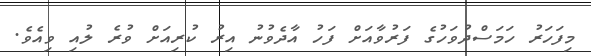
މިފަހަރު ހަމަސްދުވަހުގެ ފަރުވާއަށް ފަހު އާދެވުނު އިރު ކުރިއަށް ވުރެ ލުއި ވިއެވެ.